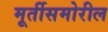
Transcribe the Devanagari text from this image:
मूर्तीसमोरील